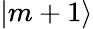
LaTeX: |m+1\rangle